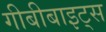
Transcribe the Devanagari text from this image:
गीबीबाइट्स